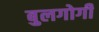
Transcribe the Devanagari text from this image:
बुलगोगी